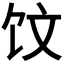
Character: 𲋢